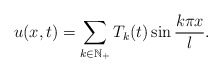
\begin{align*} u(x,t)=\sum\limits_{k\in \mathbb{N}_+}T_{k}(t)\sin\frac{k\pi x}{l}. \end{align*}